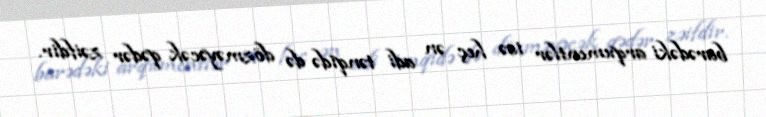
barədəki arqumentlər isə heç ən adi tənqidə də dözməyəcək qədər zəifdir.